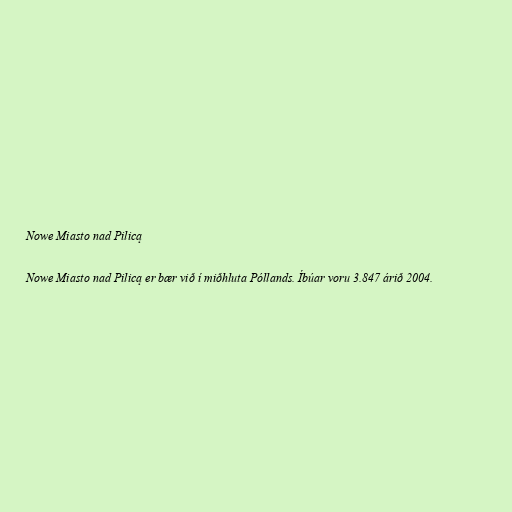
Nowe Miasto nad Pilicą

Nowe Miasto nad Pilicą er bær við í miðhluta Póllands. Íbúar voru 3.847 árið 2004.